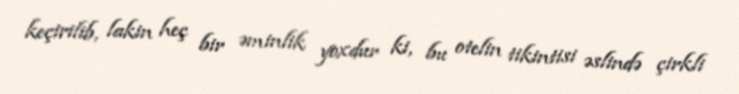
keçirilib, lakin heç bir əminlik yoxdur ki, bu otelin tikintisi əslində çirkli